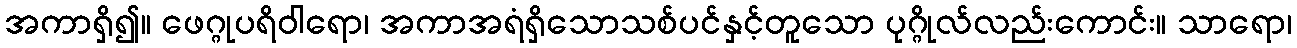
အကာရှိ၍။ ဖေဂ္ဂုပရိဝါရော၊ အကာအရံရှိသောသစ်ပင်နှင့်တူသော ပုဂ္ဂိုလ်လည်းကောင်း။ သာရော၊